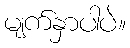
မျက်နှာပါပဲ။